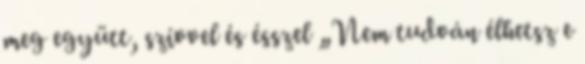
meg együtt, szívvel és ésszel „Nem tudván élhetsz e